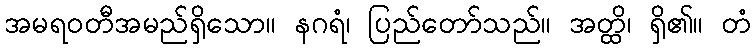
အမရဝတီအမည်ရှိသော။ နဂရံ၊ ပြည်တော်သည်။ အတ္ထိ၊ ရှိ၏။ တံ